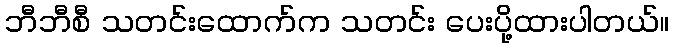
ဘီဘီစီ သတင်းထောက်က သတင်း ပေးပို့ထားပါတယ်။